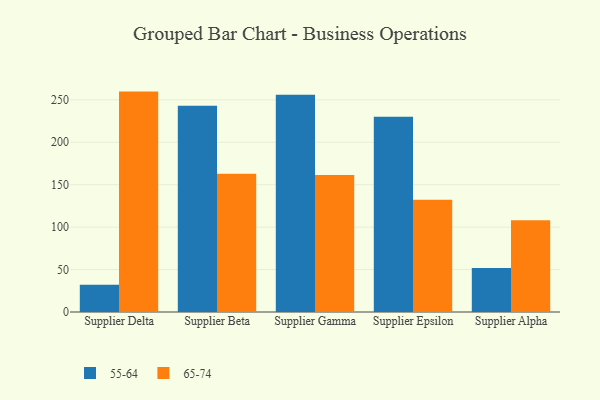
{"axis": {"x": "Supplier", "y": "Tickets Resolved"}, "legend": ["55-64", "65-74"], "data": [{"x": "Supplier Delta", "y": 32.0, "type": "55-64"}, {"x": "Supplier Delta", "y": 259.7, "type": "65-74"}, {"x": "Supplier Beta", "y": 243.0, "type": "55-64"}, {"x": "Supplier Beta", "y": 163.0, "type": "65-74"}, {"x": "Supplier Gamma", "y": 256.1, "type": "55-64"}, {"x": "Supplier Gamma", "y": 161.3, "type": "65-74"}, {"x": "Supplier Epsilon", "y": 230.1, "type": "55-64"}, {"x": "Supplier Epsilon", "y": 132.2, "type": "65-74"}, {"x": "Supplier Alpha", "y": 51.9, "type": "55-64"}, {"x": "Supplier Alpha", "y": 108.1, "type": "65-74"}]}